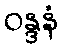
ဝန္ဒနံ